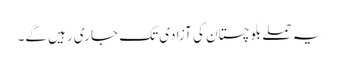
یہ حملے بلوچستان کی آزادی تک جاری رہیں گے۔